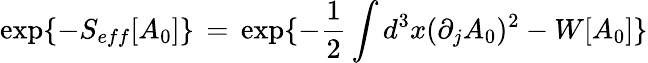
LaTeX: \exp\{ -S_{eff}[A_{0}]\} \, =\, \exp\{ -\frac{1}{2}\int d^{3}x(\partial_{j}A_{0})^{2}-W[A_{0}]\}